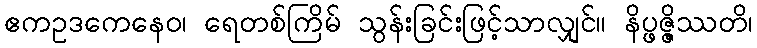
ဧကဥဒကေနေဝ၊ ရေတစ်ကြိမ် သွန်းခြင်းဖြင့်သာလျှင်။ နိပ္ဖဇ္ဇိဿတိ၊